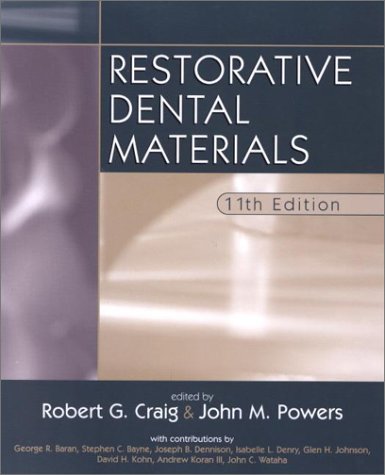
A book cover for Restorative Dental Materials, 11e; Robert Craig PhD; Medical Books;